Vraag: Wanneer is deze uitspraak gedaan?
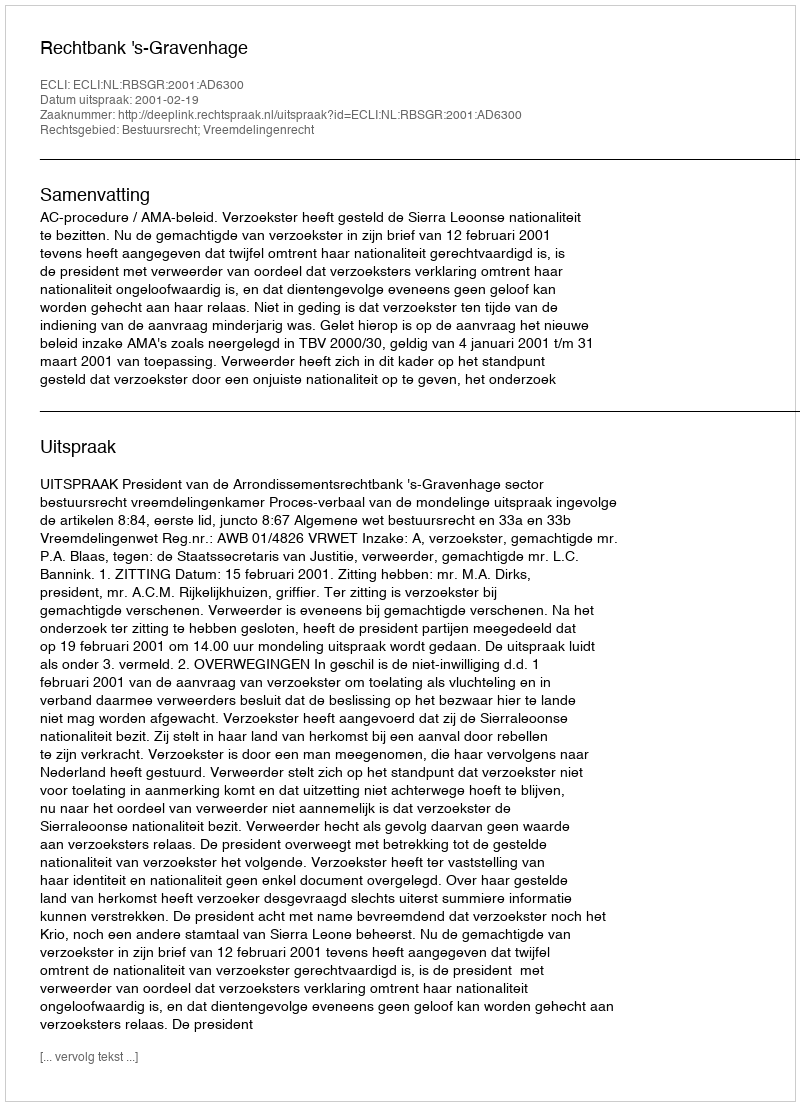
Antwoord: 2001-02-19